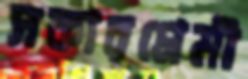
সকারপ্রেমী